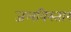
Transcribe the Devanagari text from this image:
जलविस्तार